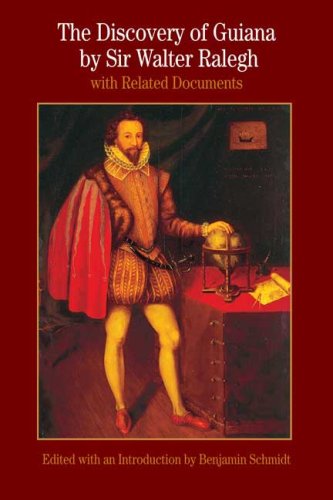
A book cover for The Discovery of Guiana: With Related Documents (Bedford Series in History & Culture); Walter Ralegh; Travel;